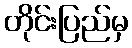
တိုင်းပြည်မှ